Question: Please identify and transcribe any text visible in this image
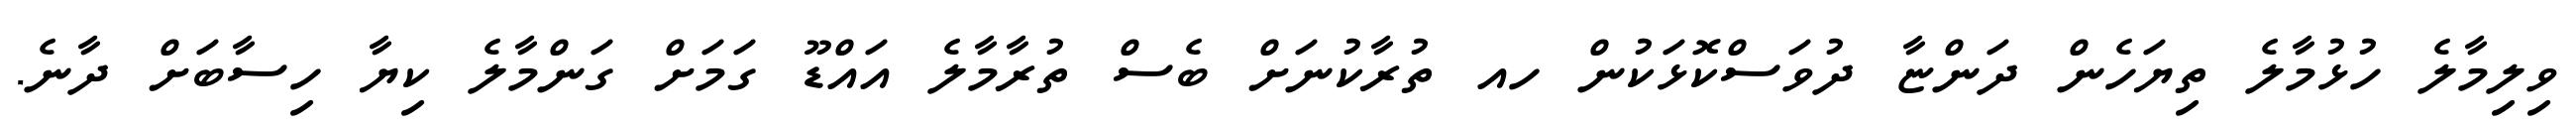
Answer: ވިލިމާލެ ހުޅުމާލެ ތިޔަހެން ދަންޏާ ދުވަސްކޮޅަކުން ހއ ތުރާކުނަށް ބެސް ތުރާމާލެ އައްޑޫ ގަމަށް ގަންމާލެ ކިޔާ ހިސާބަށް ދާނެ.